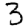
Digit: 3